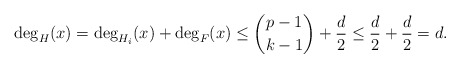
\begin{align*} \deg_H(x)=\deg_{H_i}(x)+\deg_F(x)\leq \binom{p-1}{k-1}+\frac{d}{2}\leq \frac{d}{2}+\frac{d}{2}=d.\end{align*}